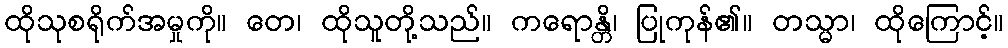
ထိုသုစရိုက်အမှုကို။ တေ၊ ထိုသူတို့သည်။ ကရောန္တိ၊ ပြုကုန်၏။ တသ္မာ၊ ထိုကြောင့်။